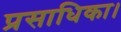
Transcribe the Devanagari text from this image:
प्रसाधिका।